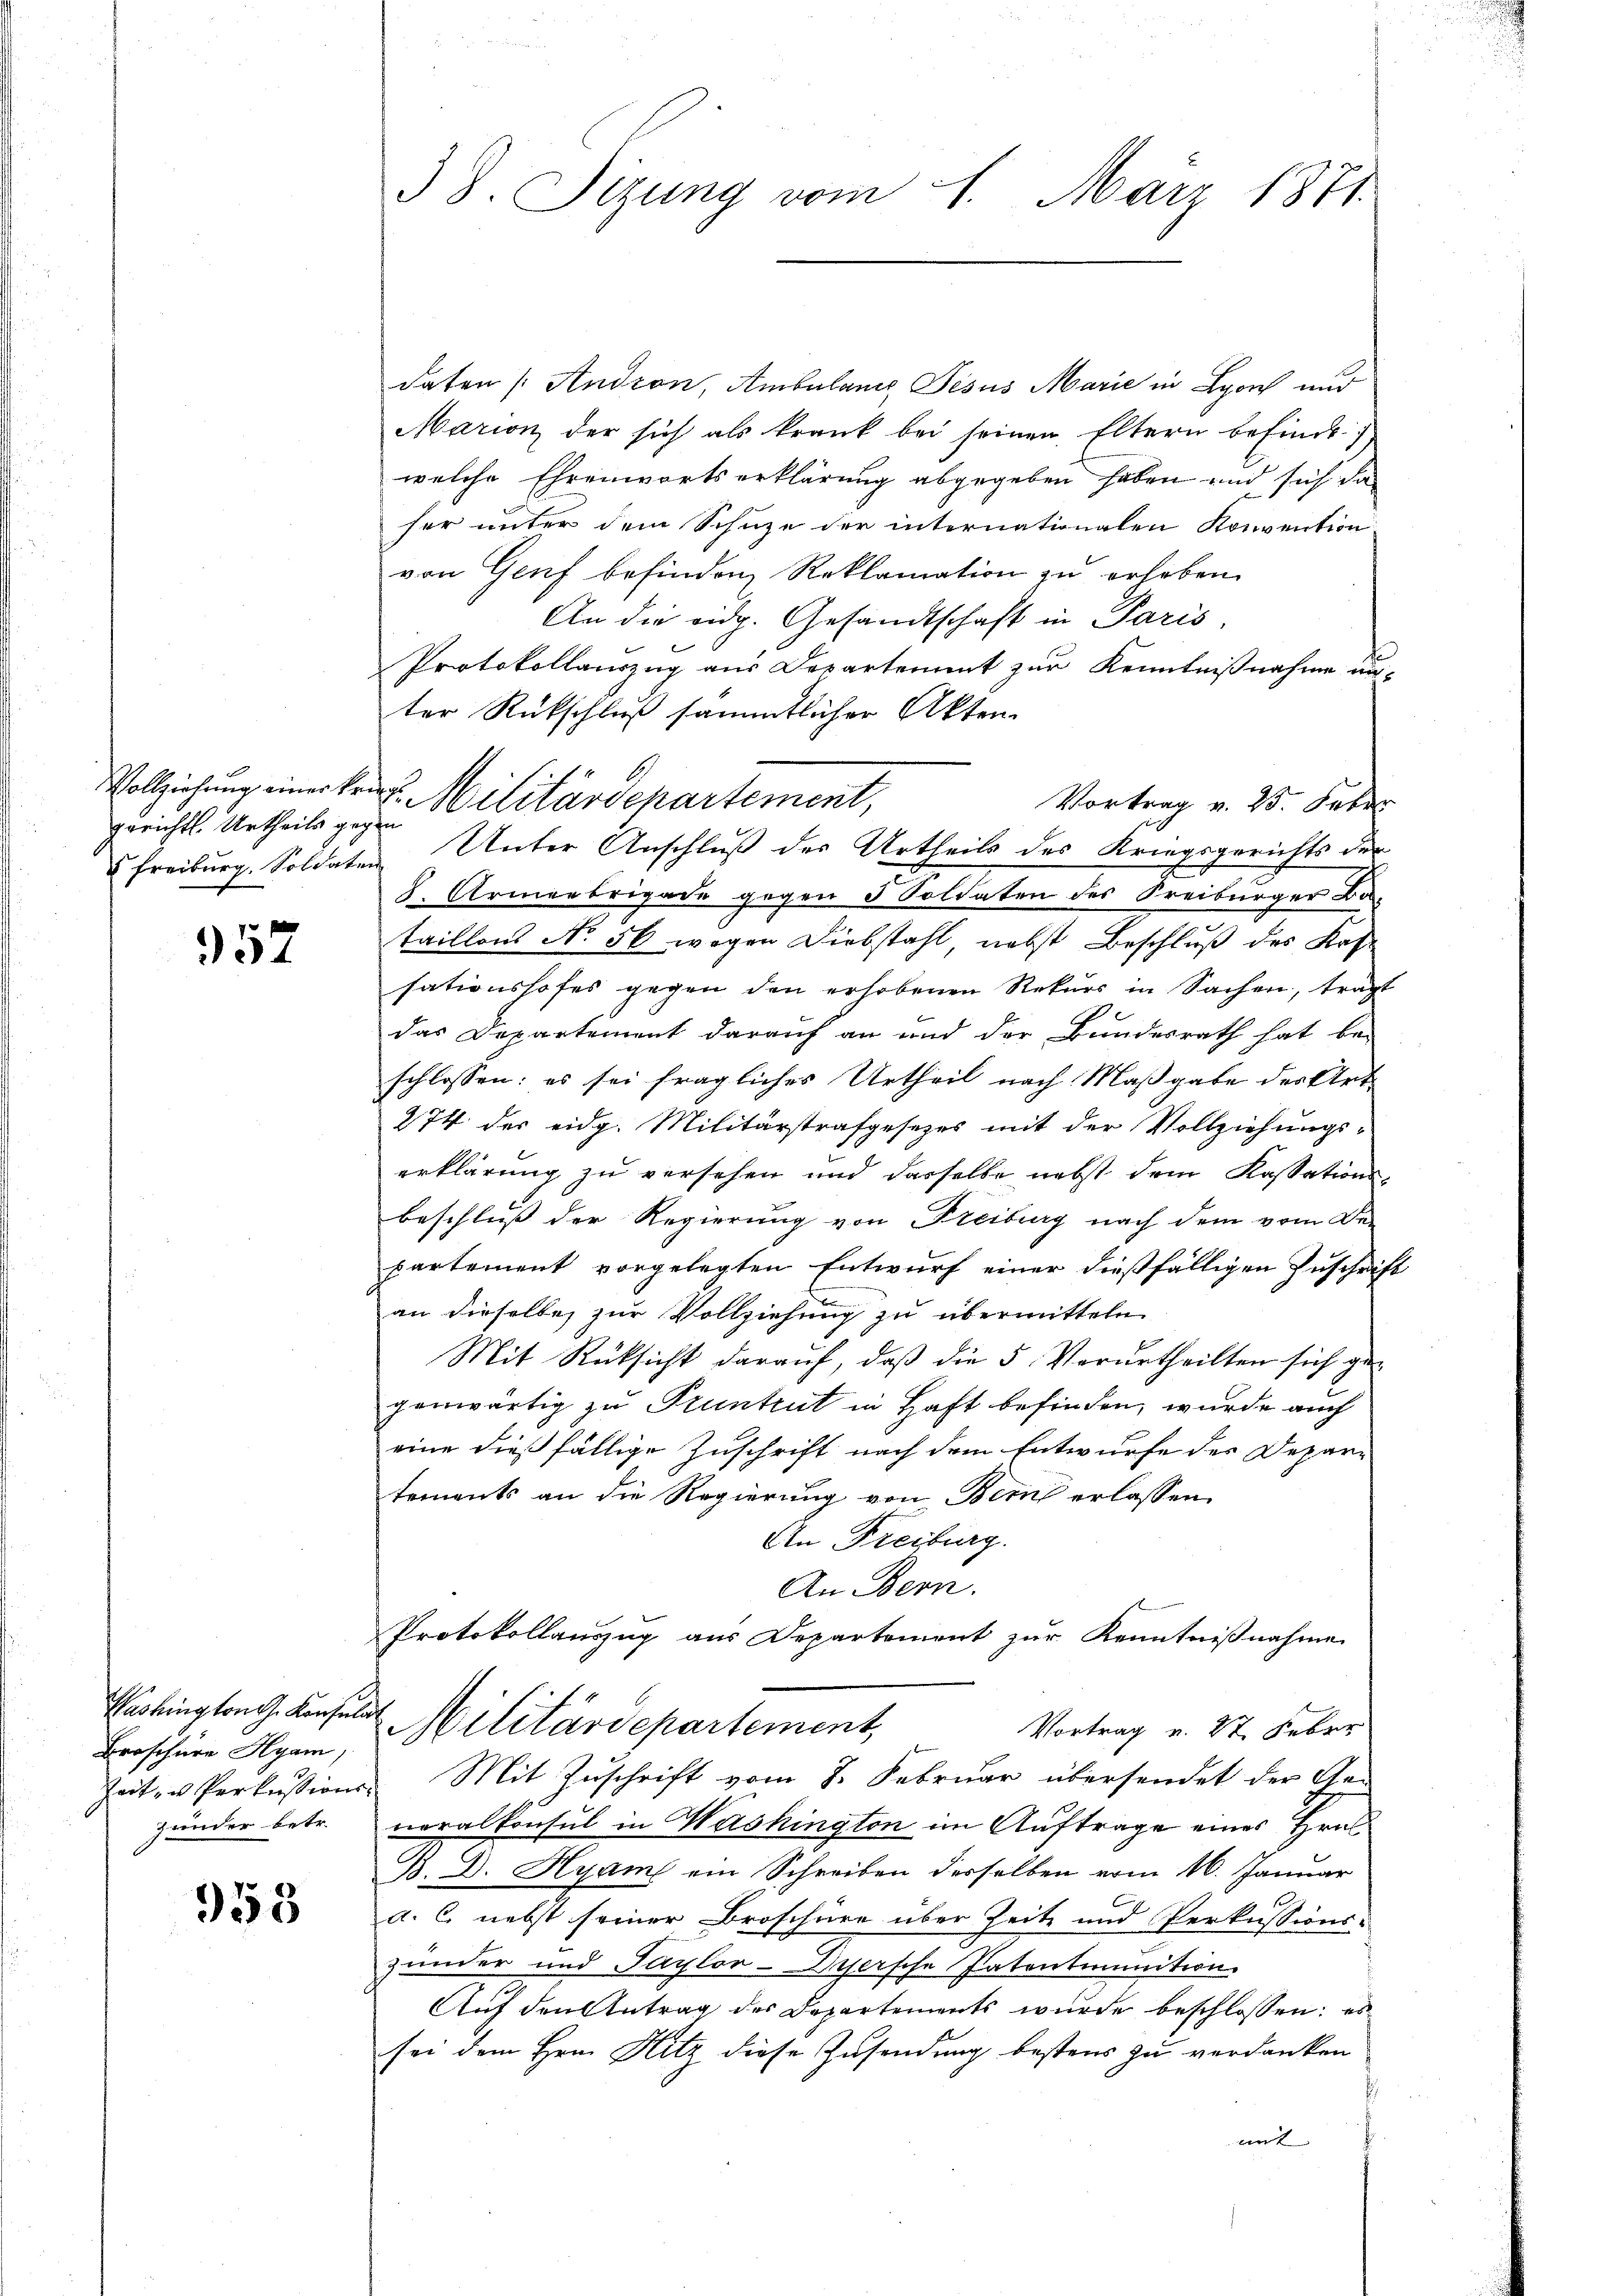
gerichts. Urtheils geg

357

Broschüre Hyam
Zeit- u Perkussions
Zunder betr.

958

38. Sizung vom 1. März 1871.

daten (Andron, Ambulanz Jesus Marie in Lyon und
Marion der sich als krank bei seinen Eltern befindet.
welche Ehrenwortserklärung abgegeben haben und sich da
her unter dem Schuze der internationalen Konvention
von Genf befinden, Reklamation zu erheben.
An die eidg. Gesandtschaft in Paris,
Protokollauszug aus Departement zur Kenntnißnahme unter Rückschluß sämmtlicher Akten.
Vollziehung eineckros. Militärdepartement,
Vortrag v. 25. Febr.
In
 Freiburg. Soldaten Unter Anschluß des Urtheils des Kriegsgerichts der
S. Armeebrigade gegen 5 Soldaten des Freiburger Ba-
taillons No 56 wegen Diebstahl, nebst Beschluß des Kas
sationshofes gegen den erhobenen Rekurs in Sachen, tragt
das Departement darauf an und der Bundesrath hat be-
schlossen: es sei fragliches Urtheil nach Maßgabe des Art.
274 des eidg. Militärstrafgesezes mit der Vollziehungs-
erklärung zu versehen und dasselbe nebst dem Kassations-
beschluß der Regierung von Freiburg nach dem vom De-
partement vorgelegten Entwurf einer dießfälligen Zuschrift
an dieselbe zur Vollziehung zu übermitteln.
Mit Rüksicht darauf, daß die 5. Verurtheilten sich gegenwärtig zu Pruntrut in Haft befinden, wurde auch
eine dießfällige Zuschrift nach dem Entwurfe der Departements an die Regierung von Bern erlassen,
An Freiburg.
An Bern.
Protokollauszug aus Departement zur Kenntnißnahme
Washingtong. Konsul Militärdepartement,
Vortrag v. 27. Feber
Mit Zuschrift vom 8. Februar übersendet der Generalkonsul in Washington im Auftrage eines Hrn.
B. D. Hyam ein Schreiben desselben vom 16. Januar
a. C. nebst seiner Broschüre über Zeite und Perkussions-
zunder und Saylor-Dyersche Patentiunition
Auf den Antrag der Departements wurde beschlossen: es
sei dem Hrn. Hitz diese Zusendung bestens zu verdanken
mit |